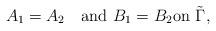
LaTeX: \begin{align*}A_1=A_2\quad\mbox{and}\,\, B_1=B_2\mbox{on} \,\,\tilde \Gamma,\end{align*}